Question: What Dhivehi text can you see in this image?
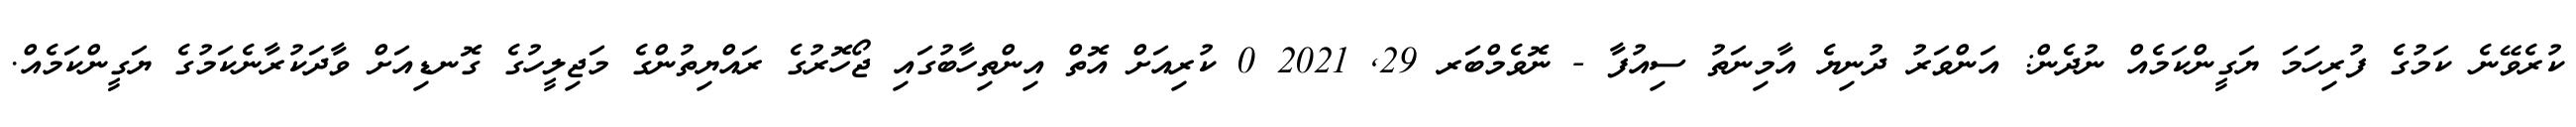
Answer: ކުރެވޭނެ ކަމުގެ ފުރިހަމަ ޔަގީންކަމެއް ނުދެން: އަންވަރު ދުނިޔެ އާމިނަތު ސިއުފާ - ނޮވެމްބަރ 29, 2021 0 ކުރިއަށް އޮތް އިންތިހާބުގައި ޖޯހޮރުގެ ރައްޔިތުންގެ މަޖިލީހުގެ ގޮނޑިއަށް ވާދަކުރާނެކަމުގެ ޔަގީންކަމެއް.